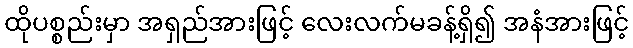
ထိုပစ္စည်းမှာ အရှည်အားဖြင့် လေးလက်မခန့်ရှိ၍ အနံအားဖြင့်